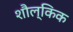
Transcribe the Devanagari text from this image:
शौल्किक